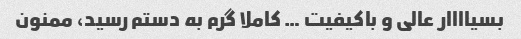
بسیاااار عالی و باکیفیت … کاملا گرم به دستم رسید، ممنون